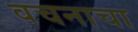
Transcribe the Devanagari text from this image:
वचनाचा